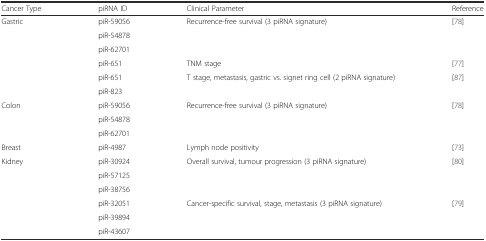
| Cancer Type | piRNA ID | Clinical Parameter | Reference |
 | --- | --- | --- | --- |
 | <ROWSPAN=6> Gastric | piR-59056 | <ROWSPAN=3> Recurrence-free survival (3 piRNA signature) | <ROWSPAN=3> [78] |
 | piR-54878 |
 | piR-62701 |
 | piR-651 | TNM stage | [77] |
 | piR-651 | <ROWSPAN=2> T stage, metastasis, gastric vs. signet ring cell (2 piRNA signature) | <ROWSPAN=2> [87] |
 | piR-823 |
 | <ROWSPAN=3> Colon | piR-59056 | <ROWSPAN=3> Recurrence-free survival (3 piRNA signature) | <ROWSPAN=3> [78] |
 | piR-54878 |
 | piR-62701 |
 | Breast | piR-4987 | Lymph node positivity | [73] |
 | <ROWSPAN=6> Kidney | piR-30924 | <ROWSPAN=3> Overall survival, tumour progression (3 piRNA signature) | <ROWSPAN=3> [80] |
 | piR-57125 |
 | piR-38756 |
 | piR-32051 | <ROWSPAN=3> Cancer-specific survival, stage, metastasis (3 piRNA signature) | <ROWSPAN=3> [79] |
 | piR-39894 |
 | piR-43607 |